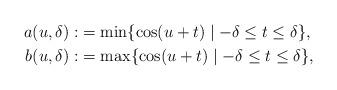
LaTeX: \begin{align*}a(u,\delta):&=\min\{\cos(u+t)\mid-\delta\leq t\leq\delta\},\\b(u,\delta):&=\max\{\cos(u+t)\mid-\delta\leq t\leq\delta\},\end{align*}